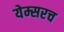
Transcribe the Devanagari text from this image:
येम्सरच